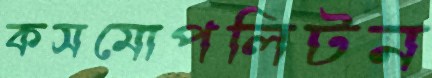
কসমোপলিটন